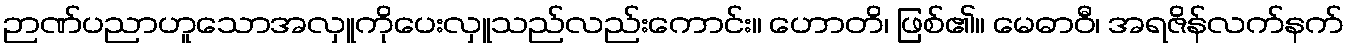
ဉာဏ်ပညာဟူသောအလှူကိုပေးလှူသည်လည်းကောင်း။ ဟောတိ၊ ဖြစ်၏။ မေဓာဝီ၊ အရဇိန်လက်နက်